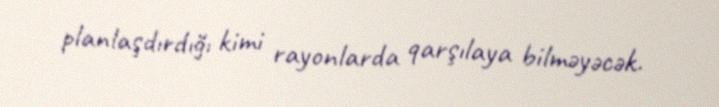
planlaşdırdığı kimi rayonlarda qarşılaya bilməyəcək.